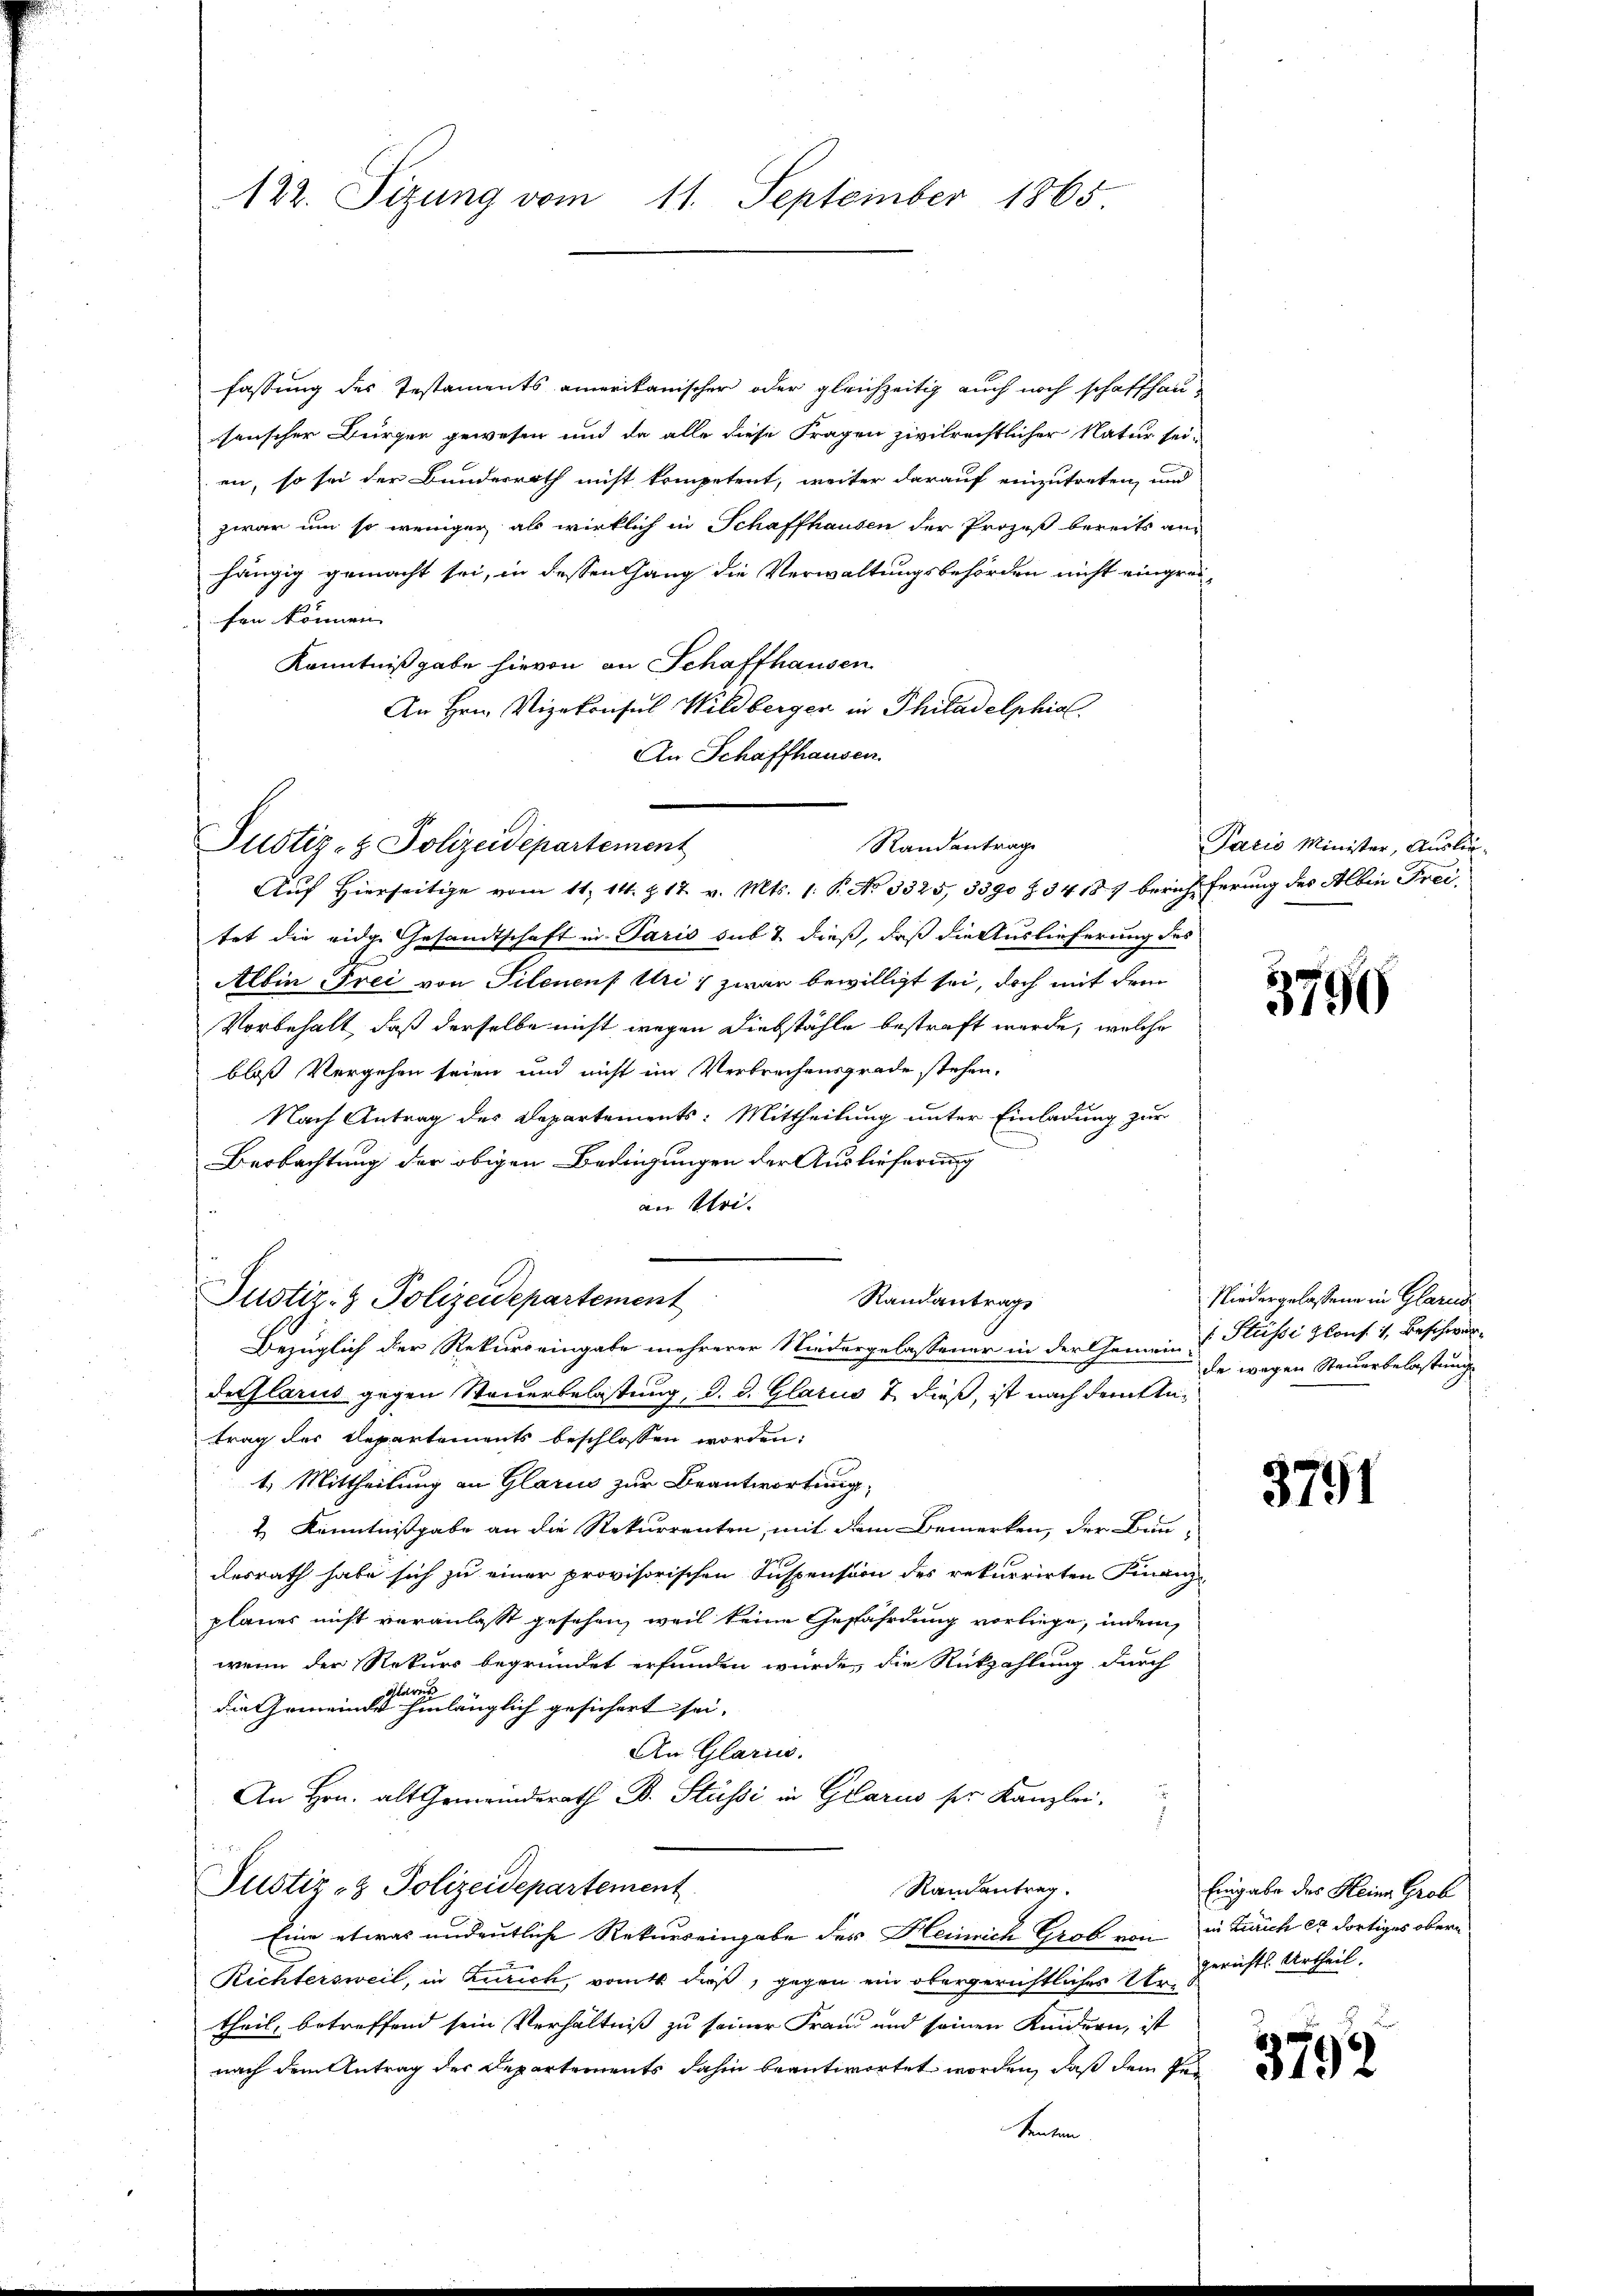
122. Sizung vom 11. September 1865

fassung des Testaments amerikanischer oder gleichzeitig auch noch schaffhausenscher Bürger gewesen und da alle diese Fragen zivilrechtlicher Natur sei-
en, so sei der Bundesrath nicht kompetent, weiter darauf einzutreten, und
zwar um so weniger als wirklich in Schaffhausen der Prozeß bereits anhängig gemacht sei, in dessen hang die Verwaltungsbehörden nicht eingreifen können. |
Kenntnißgabe hievon an Schaffhausen
An Hrn. Vizekonsul Wildberger in Philadelphial.
An Schaffhausen.
Aŭf Hierseitige vom 11. 14. Z. 17. v. Mts. 1. P. No 3325, 3390 Z. 34187 berich ferung des Albin Freitet die eidge Gesandtschaft in Paris sub & dieß, daß die Auslieferung des
Albin Frei von Pilenen Uri, zwar bewilligt sei, doch mit dem
Vorbehalt, daß derselbe nicht wegen Diebstähle bestraft werde, welche
bloß Vergehen seien und nicht im Verbrechensgrade stehen.
Nach Antrag des Departements: Mittheilung unter Einladung zur
Beobachtung der obigen Bedingungen der Auslieferung
an Stri
Justiz- & Polizeidepartement
Randantrag
Bezüglich der Rekurreingabe mehrerer Niedergelassener in der Gemein-
delarus gegen Steuerbelastung, d. d. Glarus & dieß, ist nach dem stetrag des Departements beschlossen worden:
1.) Mittheilung an Glarus zur Beantwortung,
& Kenntnißgabe an die Rekurrenten, mit dem Bemerken, der Bundesrath habe sich zu einer provisorischen Suspension des rekurrirten Finanz-
planes nicht veranlasst gesehen, weil keine Gefährdung vorliege, indem
wenn der Rekurs begründet erfunden würde, die Rückzahlung durch
clare
die Gemeinde hinlänglich gesichert sei.
An Glarus.
An Hrn. alt Gemeinderath B. Stüssi in Glarus ser Kanzlei-
Justiz- & Polizeidepartement
Randantrag.
Eine etwas undeutliche Rekurseingabe des Heinrich Grob von in Zürich er dortiges obern
Richtersweil, in Zürich, von dieß, gegen ein obergerichtliches E. Gerichtl. Urtheil
theil, betreffend sein Verhältniß zu seiner Franz und seinen Kindern, ist
nach dem Antrag der Departements dahin beantwortet worden, daß dem Pe¬
Senten

Justiz- & Polizeidepartement

Randantrage

Paris Minister, Auslie¬

3796

Niedergelassene in Glarus
 Flüsse Kons. 1. Beschwerde wegen Steuerbelastung.

3791

Eingabe des Heine Grob

3792